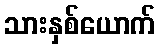
သားနှစ်ယောက်